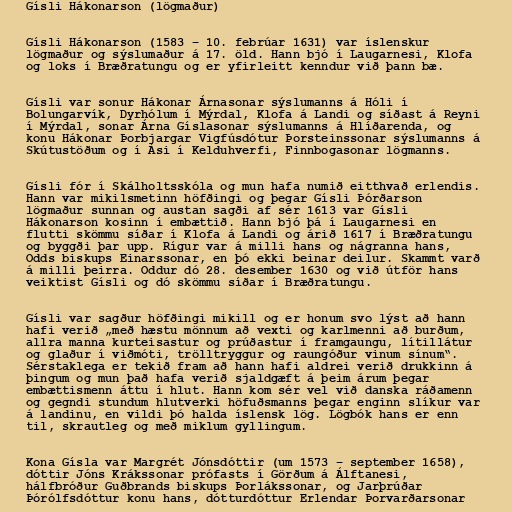
Gísli Hákonarson (lögmaður)

Gísli Hákonarson (1583 – 10. febrúar 1631) var íslenskur
lögmaður og sýslumaður á 17. öld. Hann bjó í Laugarnesi, Klofa
og loks í Bræðratungu og er yfirleitt kenndur við þann bæ.

Gísli var sonur Hákonar Árnasonar sýslumanns á Hóli í
Bolungarvík, Dyrhólum í Mýrdal, Klofa á Landi og síðast á Reyni
í Mýrdal, sonar Árna Gíslasonar sýslumanns á Hlíðarenda, og
konu Hákonar Þorbjargar Vigfúsdótur Þorsteinssonar sýslumanns á
Skútustöðum og í Ási í Kelduhverfi, Finnbogasonar lögmanns.

Gísli fór í Skálholtsskóla og mun hafa numið eitthvað erlendis.
Hann var mikilsmetinn höfðingi og þegar Gísli Þórðarson
lögmaður sunnan og austan sagði af sér 1613 var Gísli
Hákonarson kosinn í embættið. Hann bjó þá í Laugarnesi en
flutti skömmu síðar í Klofa á Landi og árið 1617 í Bræðratungu
og byggði þar upp. Rígur var á milli hans og nágranna hans,
Odds biskups Einarssonar, en þó ekki beinar deilur. Skammt varð
á milli þeirra. Oddur dó 28. desember 1630 og við útför hans
veiktist Gísli og dó skömmu síðar í Bræðratungu.

Gísli var sagður höfðingi mikill og er honum svo lýst að hann
hafi verið „með hæstu mönnum að vexti og karlmenni að burðum,
allra manna kurteisastur og prúðastur í framgaungu, lítillátur
og glaður í viðmóti, trölltryggur og raungóður vinum sínum“.
Sérstaklega er tekið fram að hann hafi aldrei verið drukkinn á
þingum og mun það hafa verið sjaldgæft á þeim árum þegar
embættismenn áttu í hlut. Hann kom sér vel við danska ráðamenn
og gegndi stundum hlutverki höfuðsmanns þegar enginn slíkur var
á landinu, en vildi þó halda íslensk lög. Lögbók hans er enn
til, skrautleg og með miklum gyllingum.

Kona Gísla var Margrét Jónsdóttir (um 1573 – september 1658),
dóttir Jóns Krákssonar prófasts í Görðum á Álftanesi,
hálfbróður Guðbrands biskups Þorlákssonar, og Jarþrúðar
Þórólfsdóttur konu hans, dótturdóttur Erlendar Þorvarðarsonar